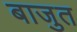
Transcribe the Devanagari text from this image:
बाजुत